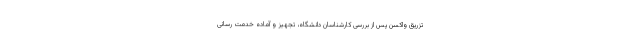
تزریق واکسن پس از بررسی کارشناسان دانشگاه، تجهیز و آماده خدمت رسانی